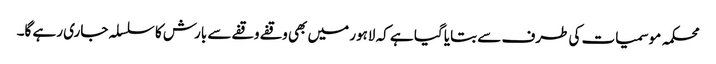
محکمہ موسمیات کی طرف سے بتایا گیا ہے کہ لاہور میں بھی وقفے وقفے سے بارش کا سلسلہ جاری رہے گا۔